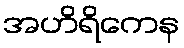
အဟိရိကေန